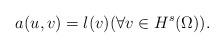
LaTeX: \begin{align*} a(u,v) = l(v) (\forall v \in H^s(\Omega)). \end{align*}